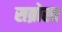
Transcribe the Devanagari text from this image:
सब्रोसा